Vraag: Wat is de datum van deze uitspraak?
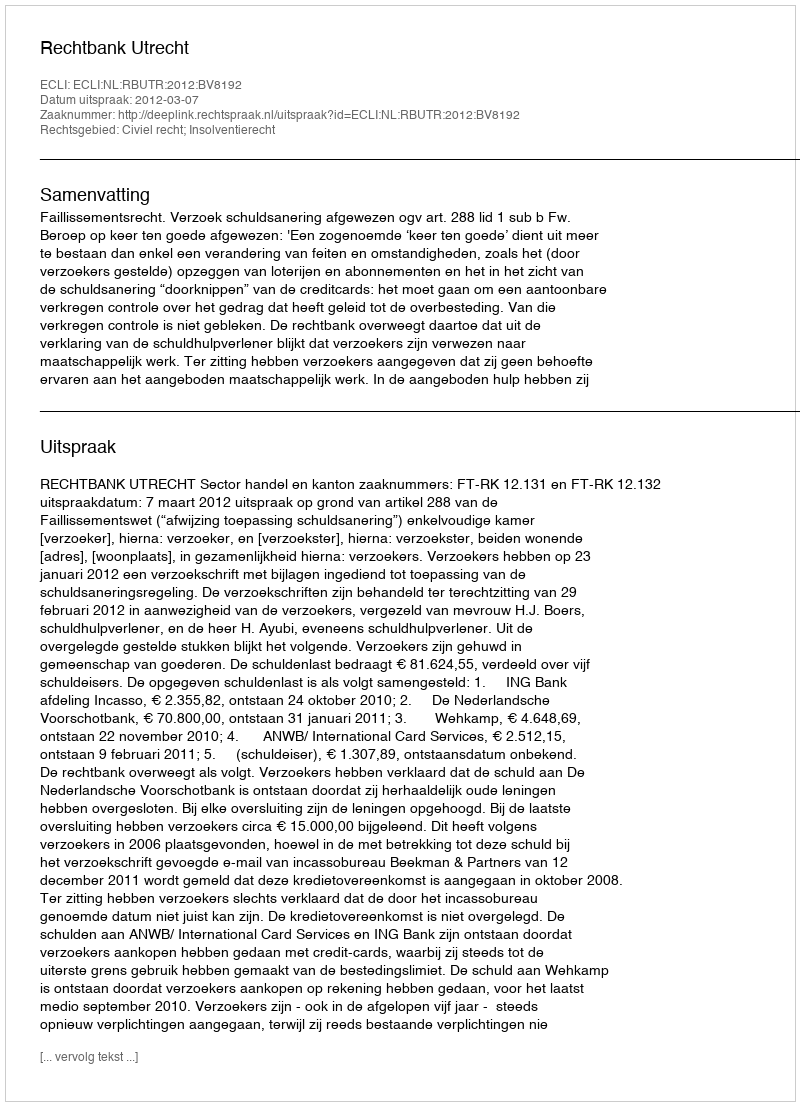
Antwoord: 2012-03-07